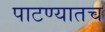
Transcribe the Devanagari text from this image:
पाटण्यातच